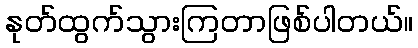
နုတ်ထွက်သွားကြတာဖြစ်ပါတယ်။